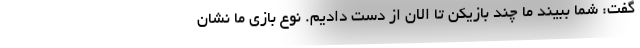
گفت: شما ببیند ما چند بازیکن تا الان از دست دادیم. نوع بازی ما نشان